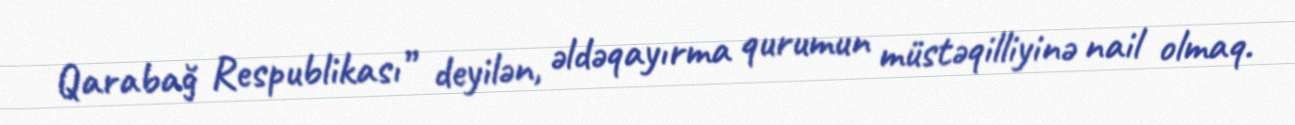
Qarabağ Respublikası” deyilən, əldəqayırma qurumun müstəqilliyinə nail olmaq.